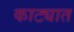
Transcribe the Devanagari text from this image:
काट्यात